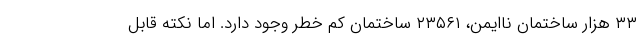
۳۳ هزار ساختمان ناایمن، ۲۳۵۶۱ ساختمان کم خطر وجود دارد. اما نکته قابل